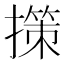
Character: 㩍